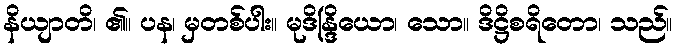
နိယျာတိ၊ ၏။ ပန၊ မှတစ်ပါး။ မုဒိန္ဒြိယော၊ သော။ ဒိဋ္ဌိစရိတော၊ သည်။